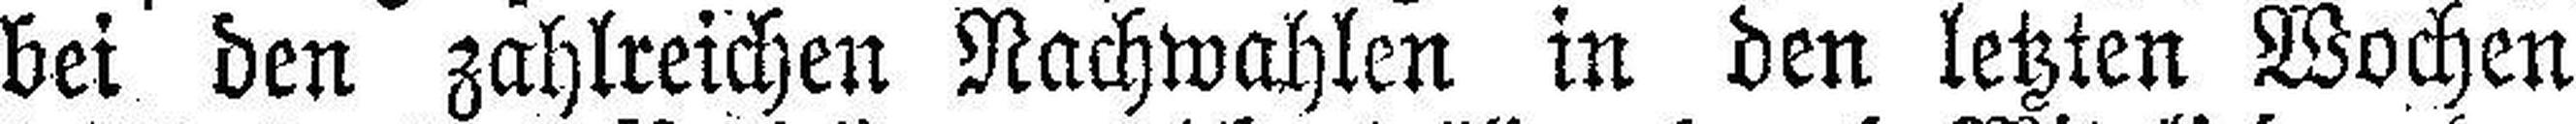
bei den zahlreichen Nachwahlen in den letzten Wochen